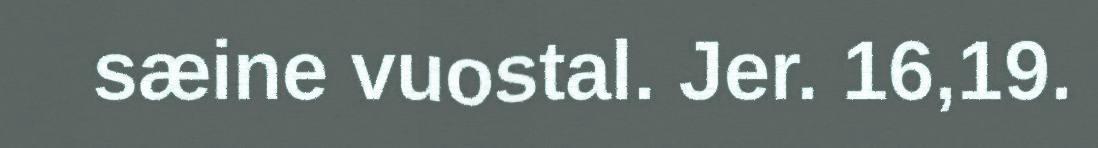
sæine vuostal. Jer. 16,19.